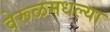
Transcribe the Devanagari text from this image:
वेरूळमधल्या